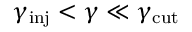
\gamma _ { \mathrm { i n j } } < \gamma \ll \gamma _ { \mathrm { c u t } }